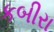
કબીરા